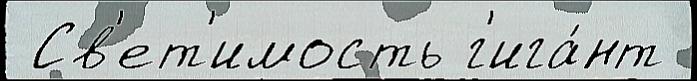
 Св'ет'имость г'ига́нт